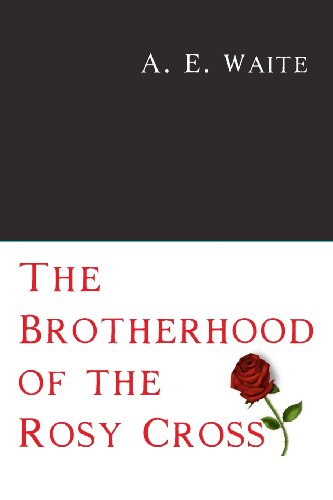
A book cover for The Brotherhood of the Rosy Cross; A. E. Waite; Religion & Spirituality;